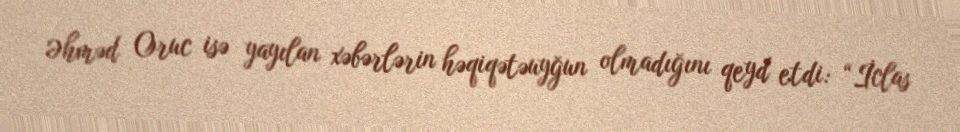
Əhməd Oruc isə yayılan xəbərlərin həqiqətəuyğun olmadığını qeyd etdi: “İclas